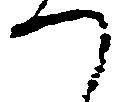
つ